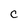
Character: C